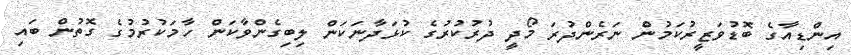
އިންޑިއާގެ ބޮޑުވަޒީރުކަމުން ނަރެންދުރަ މޯދީ ދުރުކުރުގެ ކުޅަދާނަކަން ލިބިގެންވާކަން ހާމަކުރުމުގެ ގޮތުން ބައި